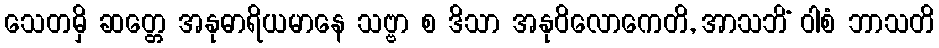
သေတမှိ ဆတ္တေ အနုဓာရိယမာနေ သဗ္ဗာ စ ဒိသာ အနုဝိလောကေတိ, အာသဘိံ ဝါစံ ဘာသတိ